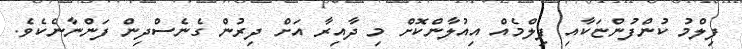
ފިލްމު ކުންފުންޏަކާއި ފިލްމެއް އިއުލާންކޮށް މި ދާއިރާ އަށް ދިރުން ގެނެސްދިން ފަންނާނެކެވެ.